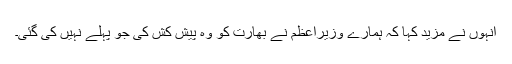
انہوں نے مزید کہا کہ ہمارے وزیراعظم نے بھارت کو وہ پیش کش کی جو پہلے نہیں کی گئی۔